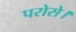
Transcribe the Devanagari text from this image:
परोसे।